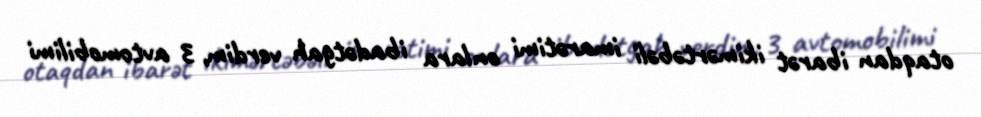
otaqdan ibarət ikimərtəbəli imarətimi onlara ibadətgah verdim, 3 avtomobilimi